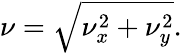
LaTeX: \nu=\sqrt{\nu_{x}^{2}+\nu_{y}^{2}}.